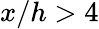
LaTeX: x/h>4